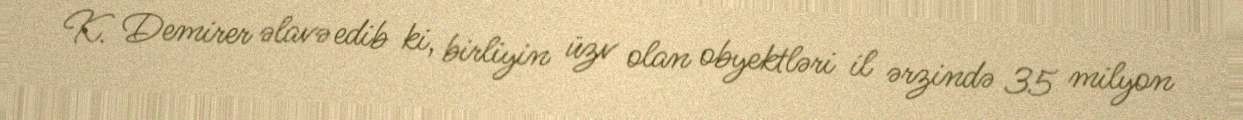
K. Demirer əlavə edib ki, birliyin üzv olan obyektləri il ərzində 35 milyon